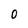
Character: 0